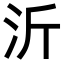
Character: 沂